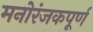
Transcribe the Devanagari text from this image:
मनोरंजकपूर्ण